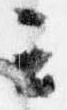
云